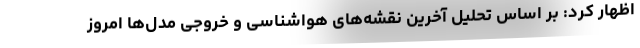
اظهار کرد: بر اساس تحلیل آخرین نقشه‌های هواشناسی و خروجی مدل‌ها امروز